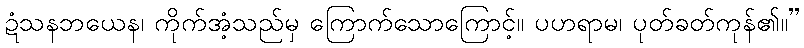
ဍံသနဘယေန၊ ကိုက်အံ့သည်မှ ကြောက်သောကြောင့်။ ပဟရာမ၊ ပုတ်ခတ်ကုန်၏။”